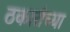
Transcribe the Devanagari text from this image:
ठकारांच्या